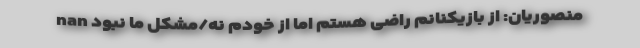
nan منصوریان: از بازیکنانم راضی هستم اما از خودم نه/مشکل ما نبود